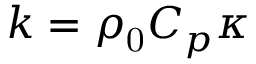
k = \rho _ { \mathrm { 0 } } C _ { p } \kappa